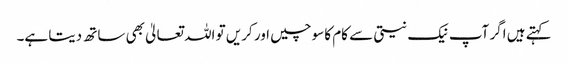
کہتے ہیں اگر آپ نیک نیتی سے کام کا سوچیں اور کریں تو اللہ تعالیٰ بھی ساتھ دیتا ہے۔